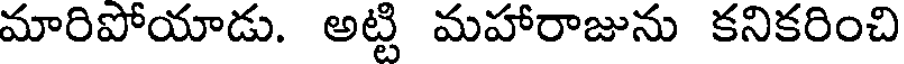
మారిపోయాడు. అట్టి మహారాజును కనికరించి